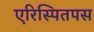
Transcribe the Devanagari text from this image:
एरिस्पितपस